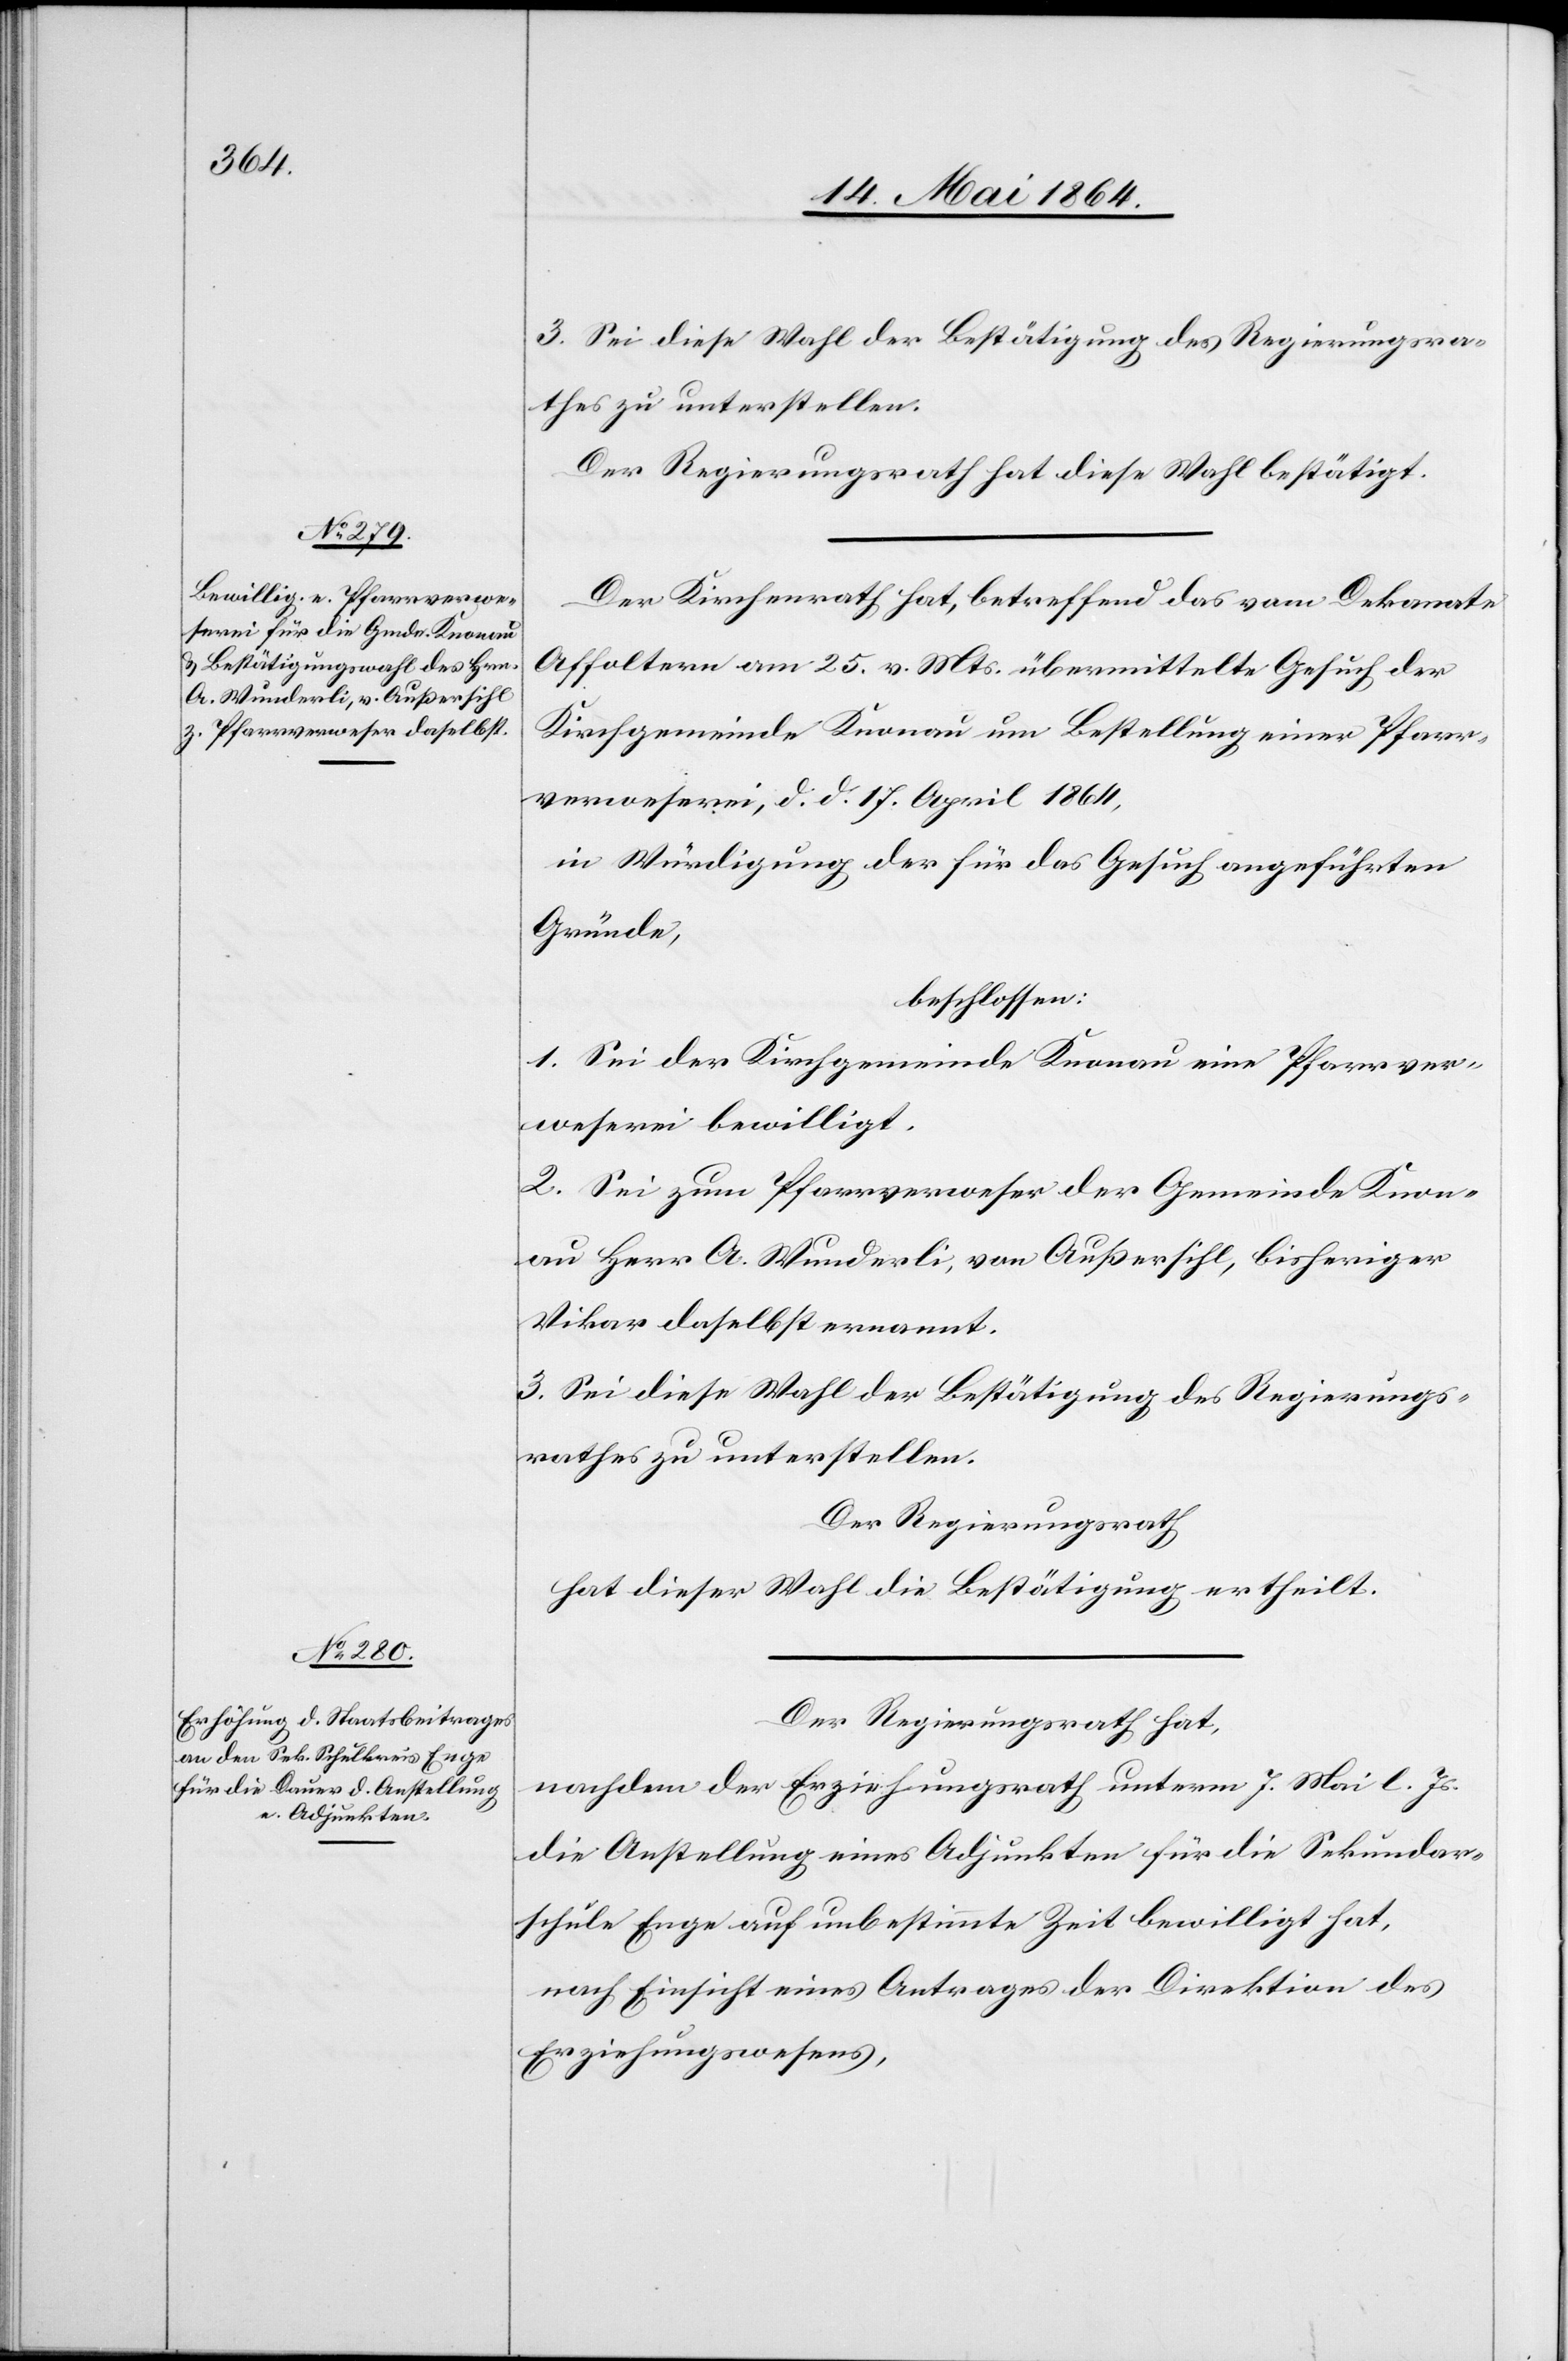
3. Sei diese Wahl der Bestätigung des Regierungsra¬
thes zu unterstellen.
Der Regierungsrath hat diese Wahl bestätigt.
Der Kirchenrath hat, betreffend das vom Dekanate
Affoltern am 25. v. Mts. übermittelte Gesuch der
Kirchgemeinde Knonau um Bestellung einer Pfarr¬
verweserei, d. d. 17. April 1864,
in Würdigung der für das Gesuch angeführten
Gründe,
beschlossen:
1. Sei der Kirchgemeinde Knonau eine Pfarrver¬
weserei bewilligt.
2. Sei zum Pfarrverweser der Gemeinde Knon¬
au Herr A. Wunderli, von Außersihl, bisheriger
Vikar daselbst ernannt.
3. Sei diese Wahl der Bestätigung des Regierungs¬
rathes zu unterstellen.
Der Regierungsrath
hat dieser Wahl die Bestätigung ertheilt.
Der Regierungsrath hat,
nachdem der Erziehungsrath unterm 7. Mai l. Js.
die Anstellung eines Adjunkten für die Sekundar¬
schule Enge auf unbestimmte Zeit bewilligt hat,
nach Einsicht eines Antrages der Direktion des
Erziehungswesens,